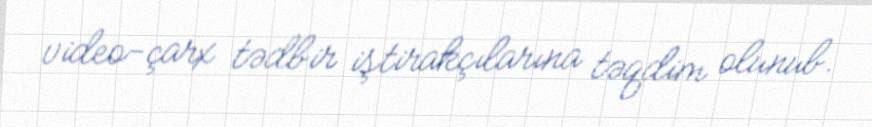
video-çarx tədbir iştirakçılarına təqdim olunub.